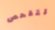
لتفحص